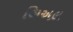
બિઅલ